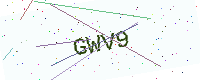
Text: GWV9